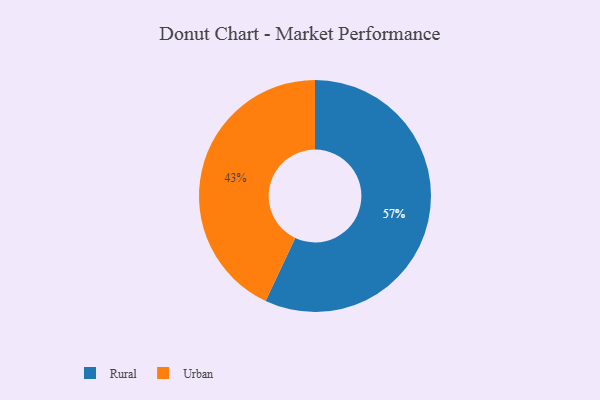
{"axis": {"x": "Category", "y": "Percentage"}, "legend": ["Rural", "Urban"], "data": [{"x": "Urban", "y": 43, "type": "Urban"}, {"x": "Rural", "y": 57, "type": "Rural"}]}